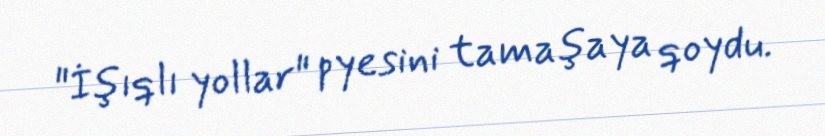
"İşıqlı yollar" pyesini tamaşaya qoydu.